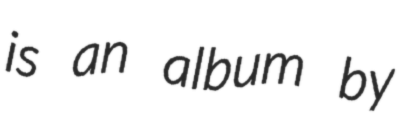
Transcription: is an album by